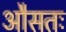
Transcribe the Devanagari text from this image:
औसतः